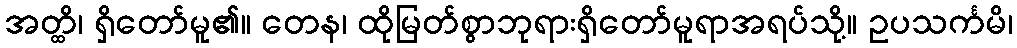
အတ္ထိ၊ ရှိတော်မူ၏။ တေန၊ ထိုမြတ်စွာဘုရားရှိတော်မူရာအရပ်သို့။ ဥပသင်္ကမိ၊